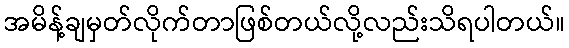
အမိန့်ချမှတ်လိုက်တာဖြစ်တယ်လို့လည်းသိရပါတယ်။